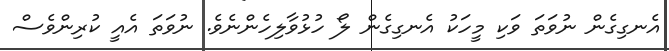
އެނގިގެން ނުވަތަ ވަކި މީހަކު އެނގިގެން ލޯ ހުޅުވާލިހެންނެވެ. ނުވަތަ އެއީ ކުރިންވެސް